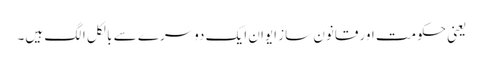
یعنی حکومت اور قانون ساز ایوان ایک دوسرے سے بالکل الگ ہیں۔